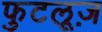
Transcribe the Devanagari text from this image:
फुटलूज़